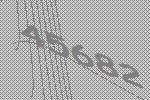
45682